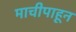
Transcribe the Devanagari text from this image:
माचीपाहून